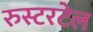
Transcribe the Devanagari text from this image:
रुस्टरटेल